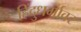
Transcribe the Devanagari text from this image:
हिंदुधर्मावर